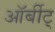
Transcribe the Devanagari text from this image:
ऑर्बीट्